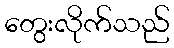
တွေးလိုက်သည်